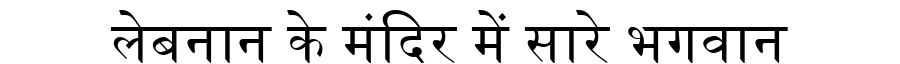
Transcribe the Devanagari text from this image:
लेबनान के मंदिर में सारे भगवान